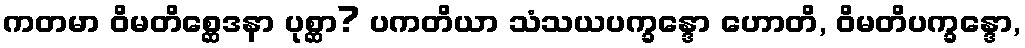
ကတမာ ဝိမတိစ္ဆေဒနာ ပုစ္ဆာ? ပကတိယာ သံသယပက္ခန္ဒော ဟောတိ, ဝိမတိပက္ခန္ဒော,